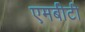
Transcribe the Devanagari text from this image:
एमबीटी